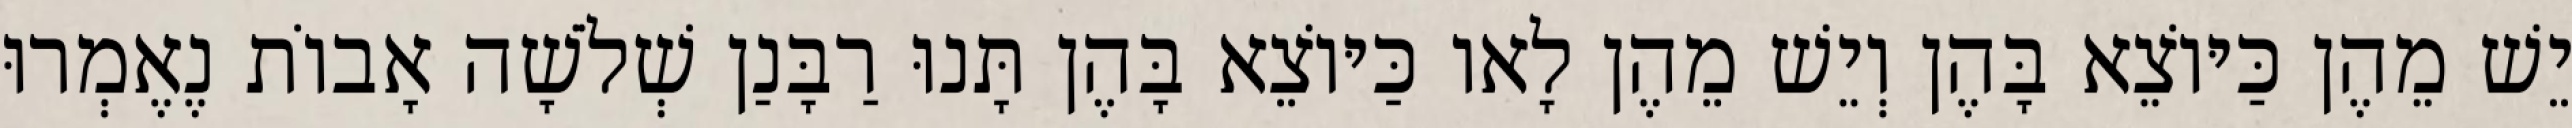
יֵשׁ מֵהֶן כַּיּוֹצֵא בָּהֶן וְיֵשׁ מֵהֶן לָאו כַּיּוֹצֵא בָּהֶן תָּנוּ רַבָּנַן שְׁלֹשָׁה אָבוֹת נֶאֶמְרוּ